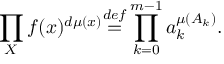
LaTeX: \prod _ { X } f ( x ) ^ { d \mu ( x ) } { \overset { d e f } { = } } \prod _ { k = 0 } ^ { m - 1 } a _ { k } ^ { \mu ( A _ { k } ) } .